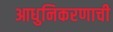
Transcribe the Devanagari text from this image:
आधुनिकरणाची